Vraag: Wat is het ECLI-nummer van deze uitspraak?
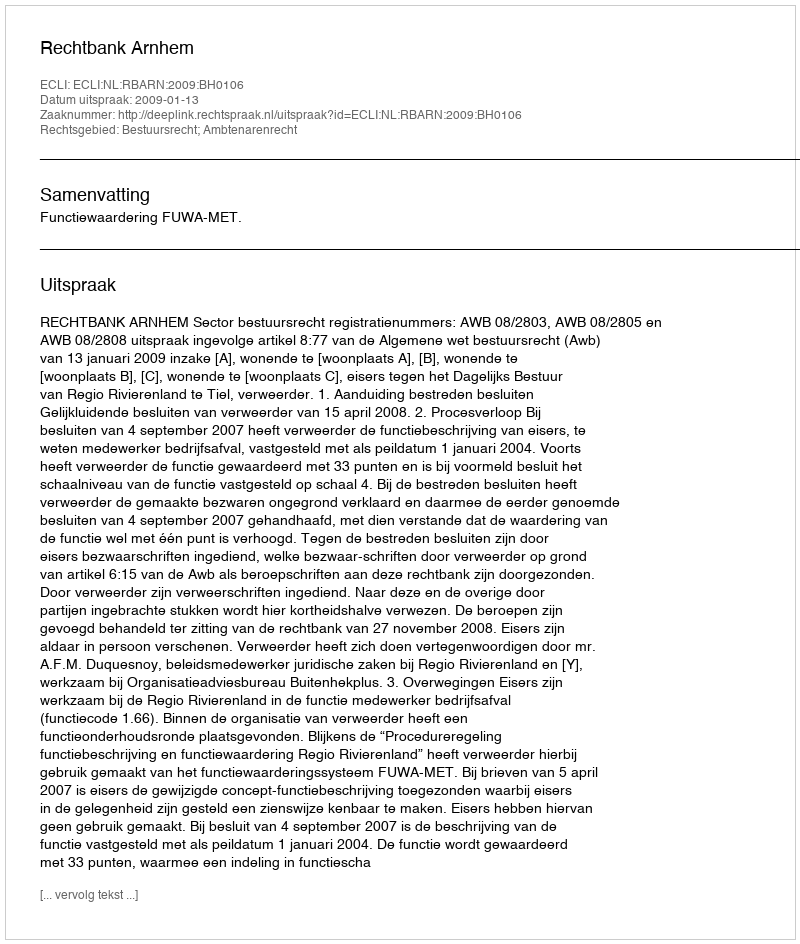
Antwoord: ECLI:NL:RBARN:2009:BH0106